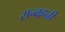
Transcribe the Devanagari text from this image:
सन्वहनी